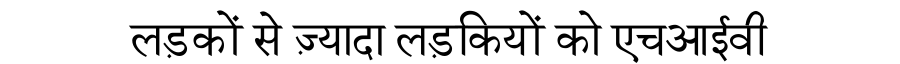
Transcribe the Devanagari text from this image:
लड़कों से ज़्यादा लड़कियों को एचआईवी